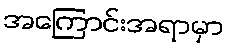
အကြောင်းအရာမှာ